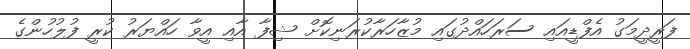
ފަރީދީމަގު އެފްޑީއައި ސަރަހައްދުގައި މުޒާހަރާކުރަނިކޮށް ޝިފާ އާއި އީވާ ހައްޔަރު ކުރީ ފުލުހުންގެ